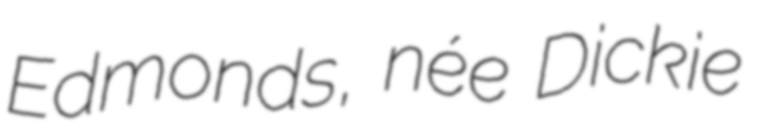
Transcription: Edmonds, née Dickie